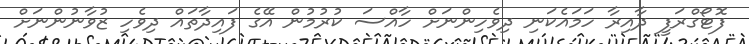
ފޮޓޯގްރަފީ ދާއިރާ ހަމައެކަނި ދިވެހިންނަށް ހާއްސަ ކުރުމުން އޭގެ ފައިދާތައް ދިވެހި ޒުވާނުންނަށް